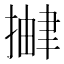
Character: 𫽹